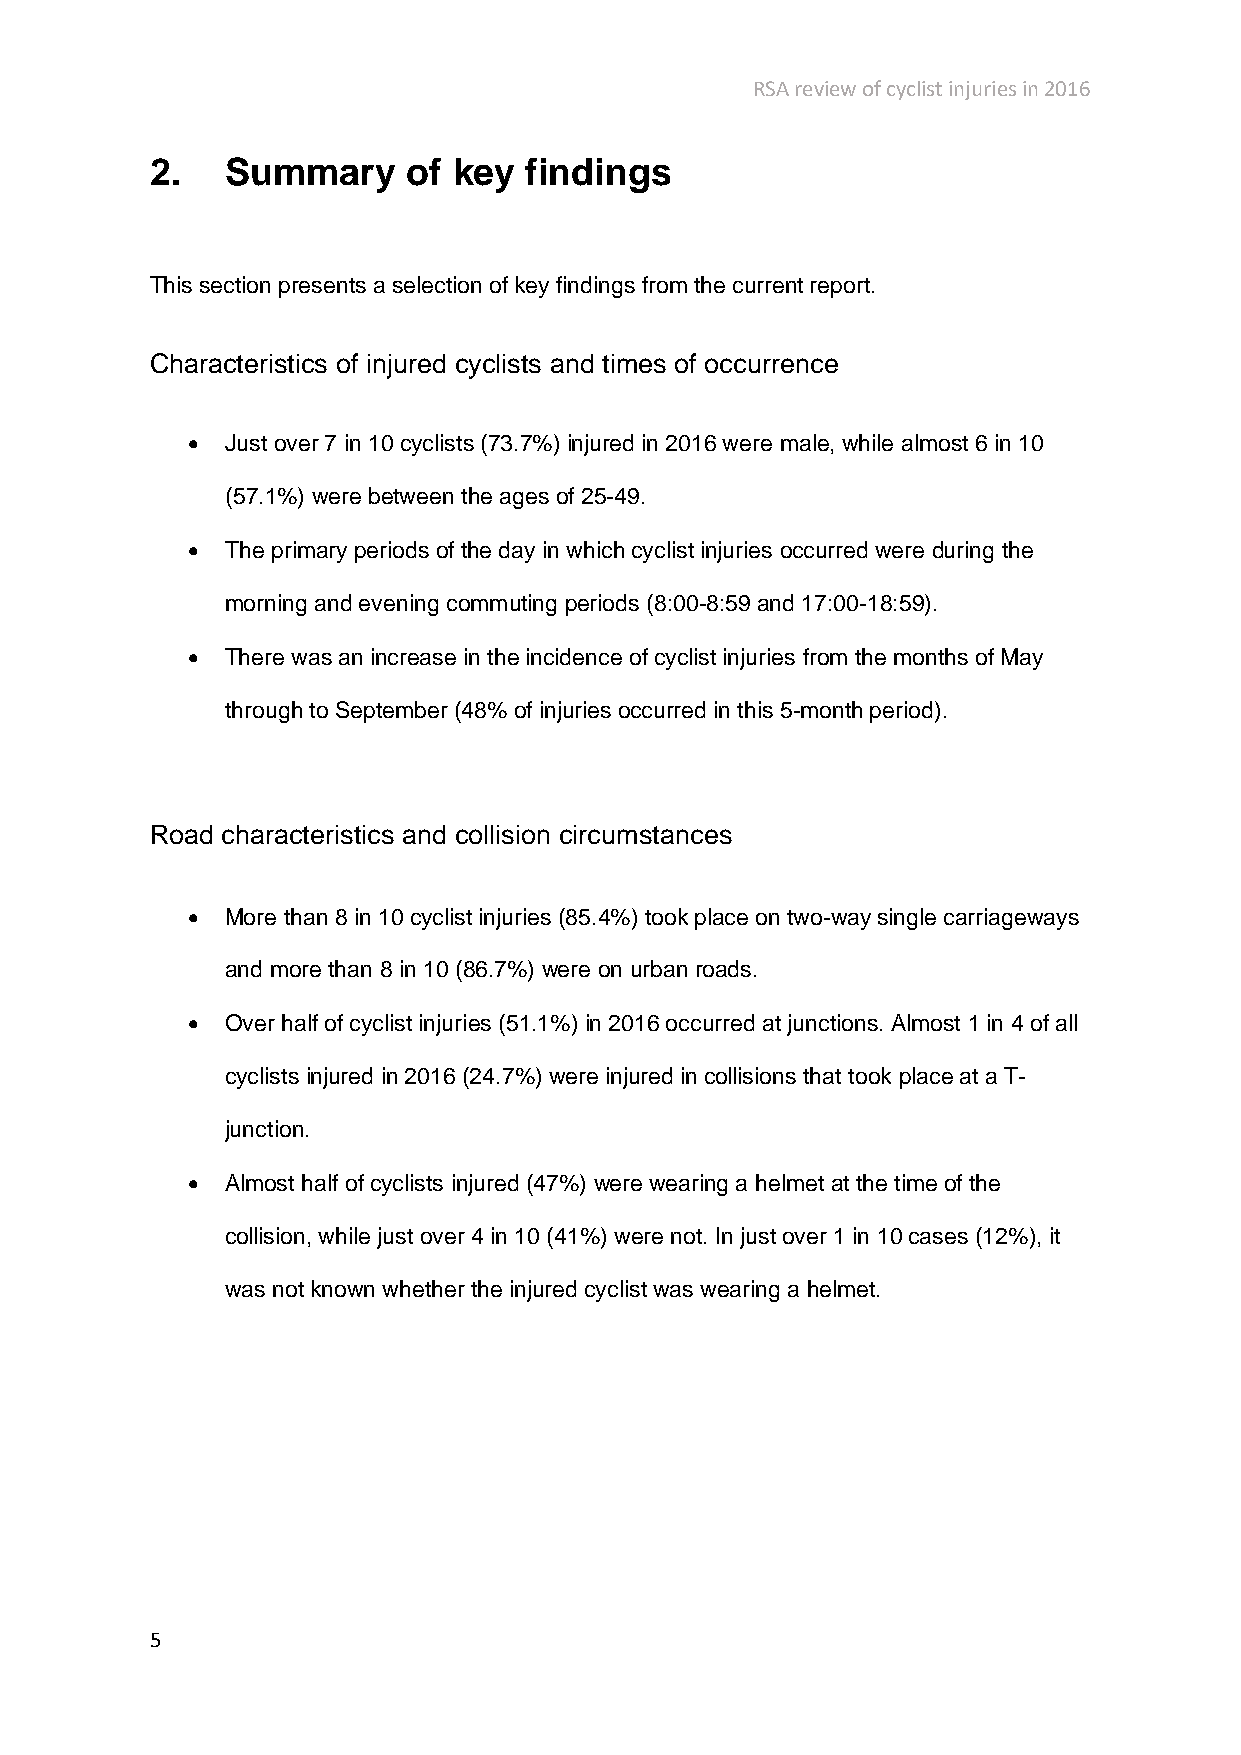
RSA review of cyclist injuries in 2016
 2.   Summary     of key  findings
 This section presents a selection of key findings from the current report.
 Characteristics of injured cyclists and times of occurrence
 •  Just over 7 in 10 cyclists (73.7%) injured in 2016 were male, while almost 6 in 10
 (57.1%) were between the ages of 25-49.
 •  The primary periods of the day in which cyclist injuries occurred were during the
 morning and evening commuting periods (8:00-8:59 and 17:00-18:59).
 •  There was an increase in the incidence of cyclist injuries from the months of May
 through to September (48% of injuries occurred in this 5-month period).
 Road characteristics and collision circumstances
 •  More than 8 in 10 cyclist injuries (85.4%) took place on two-way single carriageways
 and more than 8 in 10 (86.7%) were on urban roads.
 •  Over half of cyclist injuries (51.1%) in 2016 occurred at junctions. Almost 1 in 4 of all
 cyclists injured in 2016 (24.7%) were injured in collisions that took place at a T-
 junction.
 •  Almost half of cyclists injured (47%) were wearing a helmet at the time of the
 collision, while just over 4 in 10 (41%) were not. In just over 1 in 10 cases (12%), it
 was not known whether the injured cyclist was wearing a helmet.
 5